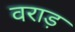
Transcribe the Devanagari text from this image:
वराड़